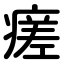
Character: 瘥